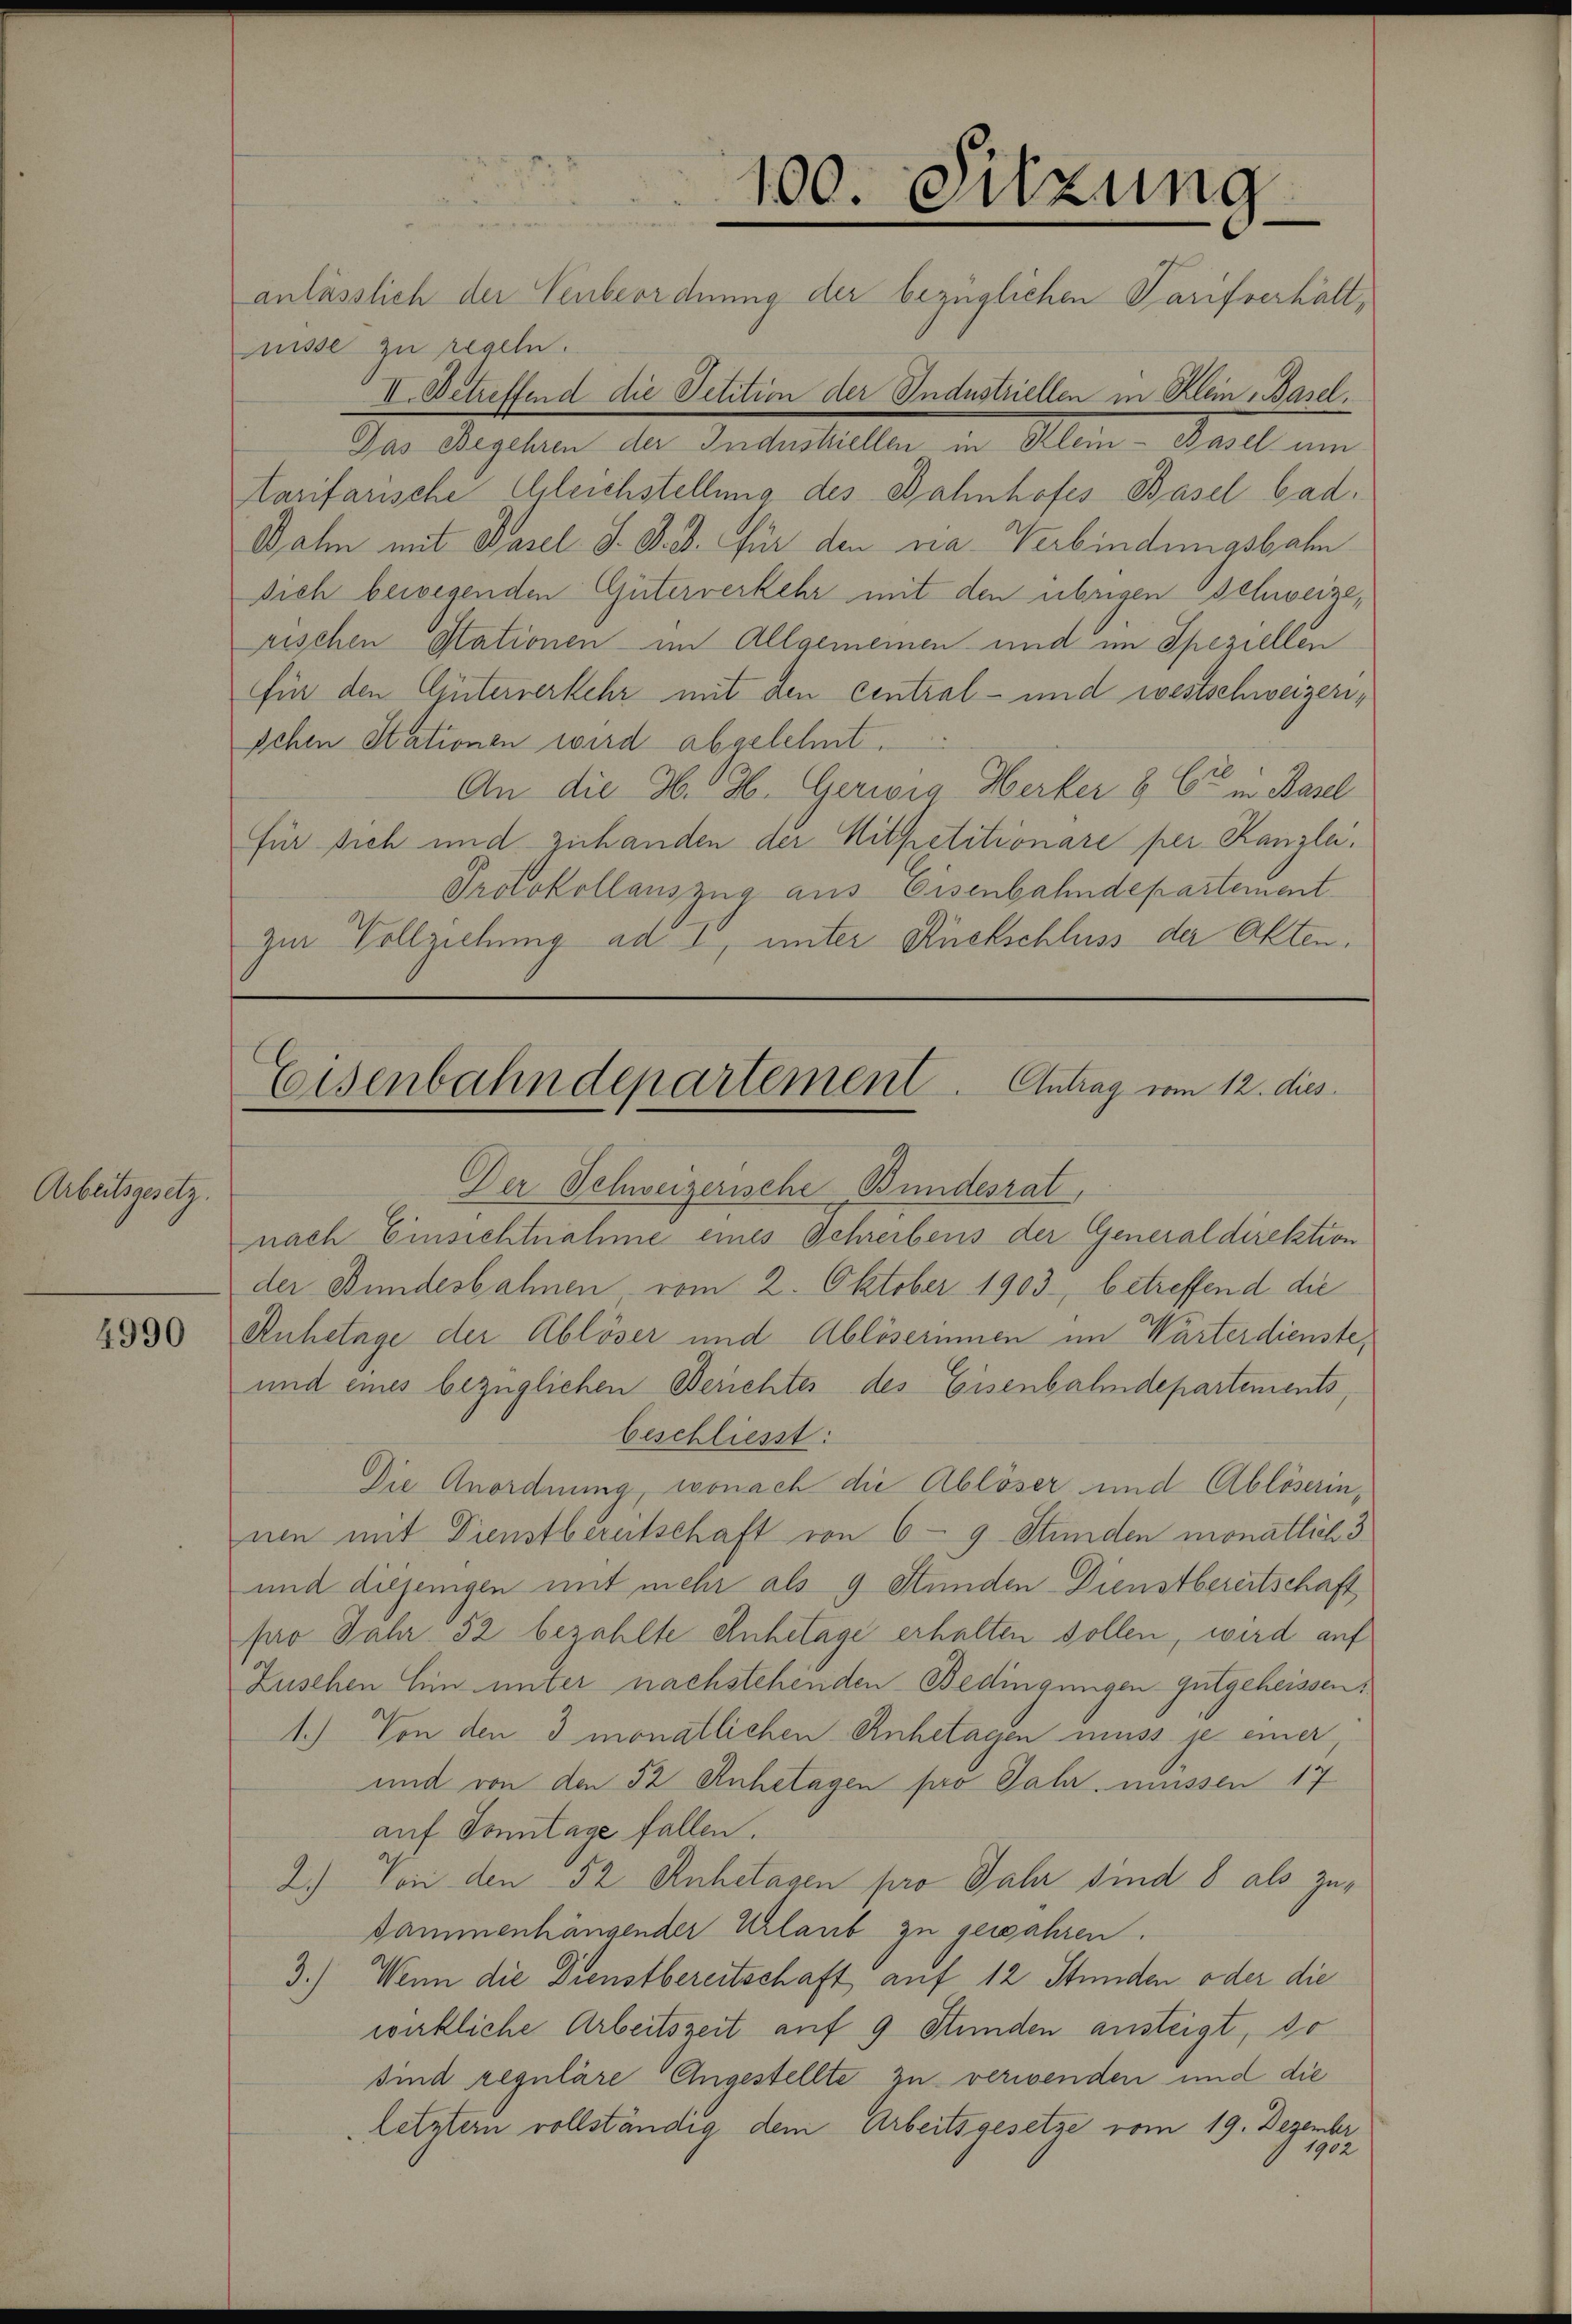
Arbeitsgesetz.

4990

u
100. Sitzung

anlässlich der Verbeordnung der bezüglichen Tarifverhältmnisse zu regeln.
II. Betreffend die Petition der Industriellen in Klein Basel,
Das Begehren der Industriellen in Klein-Basel um
arifarische Gleichstellung des Bahnhofes Basel bad.
Dahn mit Pasel J. B. d. für den na- Verbindungsbahn
Dich bewegenden Güterverkehr mit den übrigen Schweizerischen Stationen im Allgemeinen und im Speziellen
für den Güterverkehr mit den central- und westschweizerischen Stationen wird abgelehnt.
An die H. H. Gerwig Herker & Cie in Basel
Für sich und zuhanden der Mitpetitionare per Kanzlei.
Protokollauszug aus Eisenbahndepartement
zur Vollziehung ad 1, unter Rückschluss der Akten.

Der Schweizerische Bundesrat,
nach Einsichtnahme eines Schreibens der Generaldirektion
der Bundesbahnen vom 2. Oktober 1903 betreffend die
Ruhetage der Ablöser und Ablöserinnen im Wärterdienste,
und eines bezüglichen Berichtes des Eisenbahndepartements,
beschließt:
Die Anordnung, wonach die Ablöser und Ablöserinnen mit Dienstbereitschaft von 6 - 9 Stunden monatlich 3
und diejenigen mit mehr als 9 Stunden Dienstbereitschaft
pro Jahr. 32 bezahlte Anhetage erhalten sollen, wird auf
Zusehen hin unter nachstehenden Bedingungen gutgeheissen,
1.) Von den 3 monatlichen Anhetagen muss se einer
und von den 52 Ruhetagen pro Jahr müssen 17
auf Sonntage fallen.
2.) Von den 52 Anhetagen pro Jahr sind 8 als Zusammenhängender Urlaub zu gewahren.
3.) Wenn die Dienstbereitschaft auf 12 Stunden oder die
wirkliche Arbeitszeit auf 9 Stunden ansteigt, do
sind reguläre Angestellte zu verwenden und die
letztern vollständig dem Arbeitsgesetze vom 19. Dezember
 1902

Eisenbahndepartement. Antrag vom 12. dies